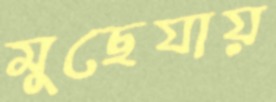
মুছেযায়